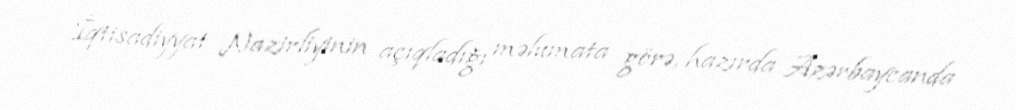
İqtisadiyyat Nazirliyinin açıqladığı məlumata görə, hazırda Azərbaycanda